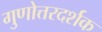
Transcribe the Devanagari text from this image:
गुणोत्तरदर्शक